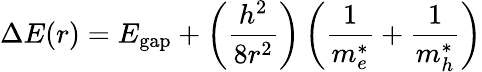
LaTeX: \Delta E(r)=E_{\mathrm{gap}}+\left({\frac{h^{2}}{8r^{2}}}\right)\left({\frac{1}{m_{e}^{*}}}+{\frac{1}{m_{h}^{*}}}\right)